Civil Veterinary Department. Madras. Admin. report 1926-33 - 1926-1933
Year: 1926
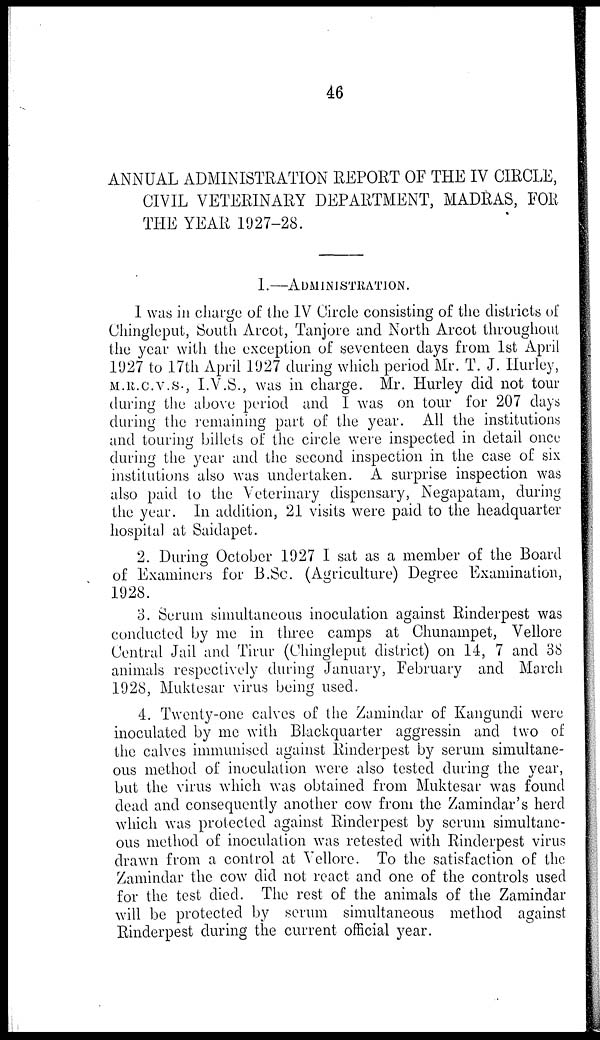
46
ANNUAL ADMINISTRATION REPORT OF THE IV CIRCLE,
CIVIL VETERINARY DEPARTMENT, MADRAS, FOE
THE YEAR 1927-28.
I.—AUMINISTRATION.
1 was in charge of the IV Circle consisting of the districts of
Chingleput, South Arcot, Tanjore and North Arcot throughout
the year with the exception of seventeen days from 1st April
1927 to 17th April 1927 during which period Mr. T. J. Hurley,
M.R.C.V.S., I.V.S., was in charge. Mr. Hurley did not tour
during the above period and I was on tour for 207 days
during the remaining part of the year. All the institutions
and touring billets of the circle were inspected in detail once
during the year and the second inspection in the case of six
institutions also was undertaken. A surprise inspection was
also paid to the Veterinary dispensary, Negapatam, during
the year. In addition, 21 visits were paid to the headquarter
hospital at Saidapet.
2. During October 1927 I sat as a member of the Board
of Examiners for B.Sc. (Agriculture) Degree Examination,
1928.
3. Serum simultaneous inoculation against Rinderpest was
conducted by me in three camps at Chunampet, Vellore
Central Jail and Tirur (Chingleput district) on 14, 7 and 38
animals respectively during January, February and March
1928, Muktesar virus being used.
4. Twenty-one calves of the Zamindar of Kangundi were
inoculated by me with Blackquarter aggressin and two of
the calves immunised against Rinderpest by serum simultane-
ous method of inoculation were also tested during the year,
but the virus which was obtained from Muktesar was found
dead and consequently another cow from the Zamindar's herd
which was protected against Rinderpest by serum simultane-
ous method of inoculation was retested with Rinderpest virus
drawn from a control at Vellore. To the satisfaction of the
Zamindar the cow did not react and one of the controls used
for the test died. The rest of the animals of the Zamindar
will be protected by serum simultaneous method against
Rinderpest during the current official year.